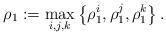
LaTeX: \begin{align*}\rho_{1}:=\max_{i, j, k}\left\{ \rho_{1}^{i}\mathrm{,\thinspace }\rho_{1}^{j}\mathrm{,\thinspace }\rho_{1}^{k} \right\}.\end{align*}